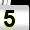
Digit: 5